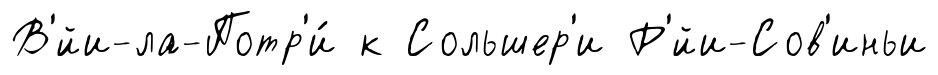
В'́йи-ла-Потр'и́ к Сольшер'и Р'́йи-Сов'иньи